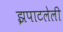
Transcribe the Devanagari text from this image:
झपाटलेली